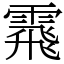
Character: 䬠